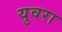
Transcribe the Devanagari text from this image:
युवरा